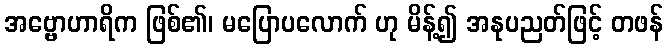
အဗ္ဗောဟာရိက ဖြစ်၏၊ မပြောပလောက် ဟု မိန့်၍ အနုပညတ်ဖြင့် တဖန်